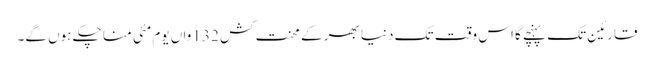
قارئین تک پہنچے گا اس وقت تک دنیا بھر کے محنت کش 132 واں یوم مئی منا چکے ہوں گے۔